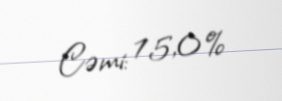
Cəmi: 15,0%